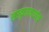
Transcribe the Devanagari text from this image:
संस्कृतमध्येच